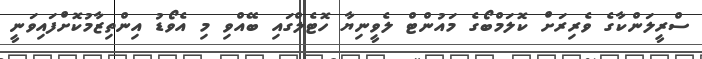
ސްރީލަންކާގެ ވެރިރަށް ކޮލަމްބޯގެ މައުންޓް ލެވީނިޔާ ހޮޓެލްގައި ބޭއްވި މި އެވޯޑު އިންތިޒާމުކޮށްފައިވަނީ